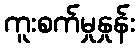
ကူးစက်မှုနှုန်း